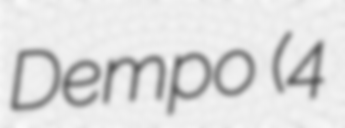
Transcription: Dempo (4